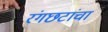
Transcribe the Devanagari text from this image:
रंगछटांचा